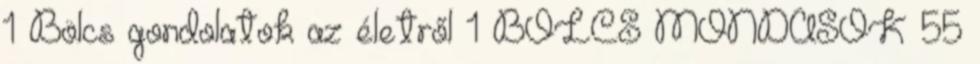
1 Bölcs gondolatok az életről 1 BÖLCS MONDÁSOK 55